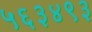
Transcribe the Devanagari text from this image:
५६३४९३